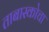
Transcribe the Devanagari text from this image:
ताबास्कोचा